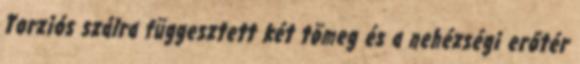
Torziós szálra függesztett két tömeg és a nehézségi erőtér